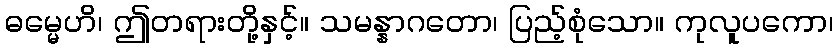
ဓမ္မေဟိ၊ ဤတရားတို့နှင့်။ သမန္နာဂတော၊ ပြည့်စုံသော။ ကုလူပကော၊